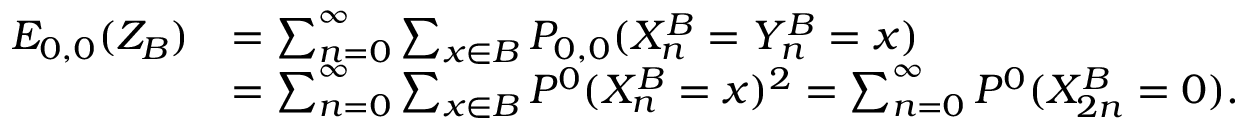
\begin{array} { r l } { E _ { 0 , 0 } ( Z _ { B } ) } & { = \sum _ { n = 0 } ^ { \infty } \sum _ { x \in B } P _ { 0 , 0 } ( X _ { n } ^ { B } = Y _ { n } ^ { B } = x ) } \\ & { = \sum _ { n = 0 } ^ { \infty } \sum _ { x \in B } P ^ { 0 } ( X _ { n } ^ { B } = x ) ^ { 2 } = \sum _ { n = 0 } ^ { \infty } P ^ { 0 } ( X _ { 2 n } ^ { B } = 0 ) . } \end{array}